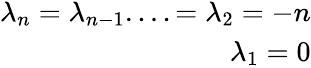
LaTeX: \begin{array}{r}{\lambda_{n}=\lambda_{n-1}....=\lambda_{2}=-n}\\ {\lambda_{1}=0}\end{array}